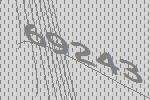
69243